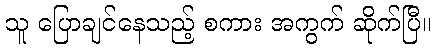
သူ ပြောချင်နေသည့် စကား အကွက် ဆိုက်ပြီ။